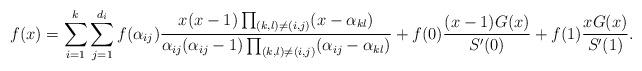
LaTeX: \begin{align*} f(x)=\sum_{i=1}^k\sum_{j=1}^{d_i}f(\alpha_{ij})\frac{x(x-1)\prod_{(k,l)\neq (i,j)}(x-\alpha_{kl})}{\alpha_{ij}(\alpha_{ij}-1)\prod_{(k,l)\neq (i,j)}(\alpha_{ij}-\alpha_{kl})}+f(0)\frac{(x-1)G(x)}{S'(0)}+f(1)\frac{xG(x)}{S'(1)}. \end{align*}